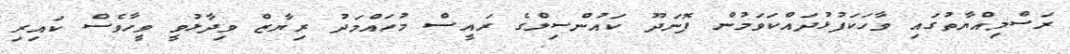
ރަސްމިއްޔާތުގައި ވާހަކަފުޅުދައްކަވަމުން ފޮނަދޫ ކައުންސިލްގެ ރައީސް މުހައްމަދު ރިޔާޒް ވިދާޅުވީ ވީހާވެސް ކައިރި